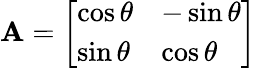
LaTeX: \mathbf{A}={\left[\begin{array}{ll}{\cos\theta}&{-\sin\theta}\\ {\sin\theta}&{\cos\theta}\end{array}\right]}